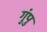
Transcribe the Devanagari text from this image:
गुंपु